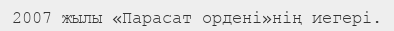
2007 жылы «Парасат ордені»нің иегері.